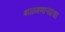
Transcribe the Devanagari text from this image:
बाळगणाऱ्यांचा